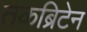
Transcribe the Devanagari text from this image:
तकब्रिटेन